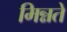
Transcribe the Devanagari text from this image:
मिन्नते